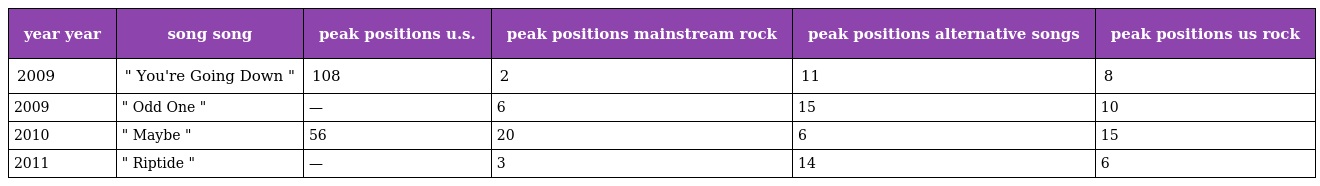
| year year | song song | peak positions u.s. | peak positions mainstream rock | peak positions alternative songs | peak positions us rock |
 | --- | --- | --- | --- | --- | --- |
 | 2009 | " You're Going Down " | 108 | 2 | 11 | 8 |
 | 2009 | " Odd One " | — | 6 | 15 | 10 |
 | 2010 | " Maybe " | 56 | 20 | 6 | 15 |
 | 2011 | " Riptide " | — | 3 | 14 | 6 |